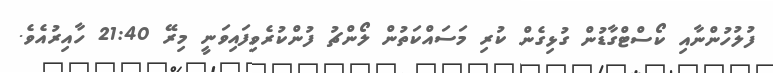
ފުލުހުންނާއި ކޯސްޓްގާޑުން ގުޅިގެން ކުރި މަސައްކަތުން ލޯންޗު ފުންކުރެވިފައިވަނީ މިރޭ 21:40 ހާއިރުއެވެ.